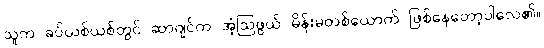
သူက ခပ်ယစ်ယစ်တွင် ဆာဂျင်က အံ့ဩဖွယ် မိန်းမတစ်ယောက် ဖြစ်နေတော့ပါလေ၏။